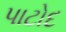
પાટોદ